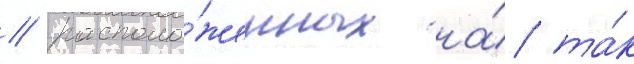
/ располо́женных на́ та́к